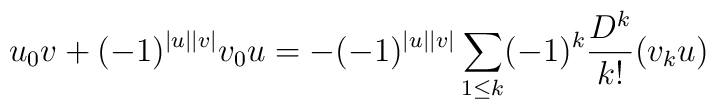
u_0v+(-1)^{|u||v|}v_0u = -(-1)^{|u||v|}\sum_{1\leq k}(-1)^k\frac{D^k}{k!}(v_{k}u)